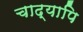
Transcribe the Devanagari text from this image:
चाद्यापि